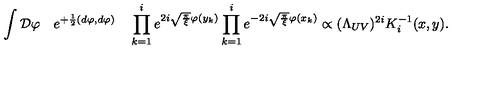
\int { \cal D } \varphi \quad e ^ { + { \frac { 1 } { 2 } } ( d \varphi , d \varphi ) } \quad \prod _ { k = 1 } ^ { i } e ^ { 2 i \sqrt { \frac { \pi } { \xi } } \varphi ( y _ { k } ) } \prod _ { k = 1 } ^ { i } e ^ { - 2 i \sqrt { \frac { \pi } { \xi } } \varphi ( x _ { k } ) } \propto ( \Lambda _ { U V } ) ^ { 2 i } K _ { i } ^ { - 1 } ( x , y ) .